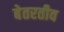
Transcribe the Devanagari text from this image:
बेतरतीव